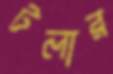
টলার